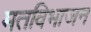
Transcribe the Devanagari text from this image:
मतविभाजन